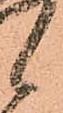
候